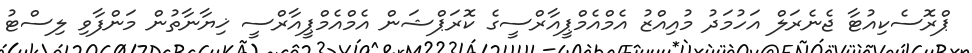
ޕްރޮސެކިއުޓާ ޖެނެރަލް އަހުމަދު މުއިއްޒު އެމްއެމްޕީއާރްސީގެ ކޮރަޕްޝަން އެމްއެމްޕީއާރްސީ ޚިޔާނާތުން މަންފާވި ލިސްޓު